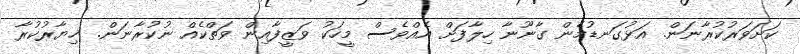
ކަށަވަރުކުރާނަން. އަޅުގަނޑުމެން ގާނޫނާ ހިލާފަށް އެއްވެސް މީހަކު ވަޒީފާއިން ވަތްކެއް ނުކުރާނަން. ޚިޔާރުކުރާ